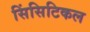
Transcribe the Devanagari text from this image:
सिंसिटिकल